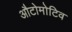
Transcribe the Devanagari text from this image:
औटोमोटिव